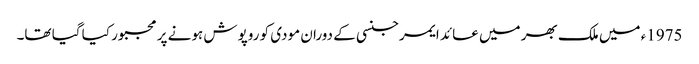
1975ء میں ملک بھر میں عائد ایمرجنسی کے دوران مودی کو روپوش ہونے پر مجبور کیا گیا تھا۔